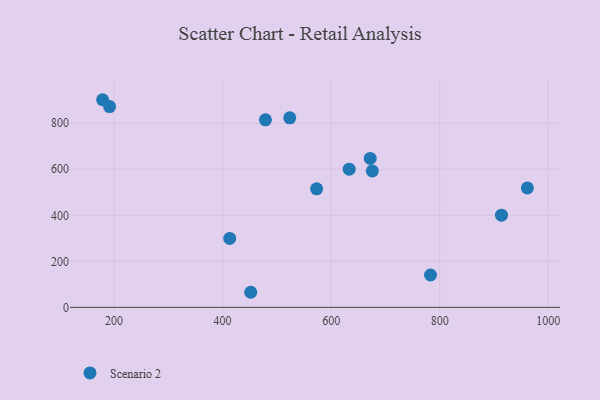
{"axis": {"x": "Ad Spend", "y": "Yield"}, "legend": ["Scenario 2"], "data": [{"x": "961.4", "y": 518.9, "type": "Scenario 2"}, {"x": "451.8", "y": 65.5, "type": "Scenario 2"}, {"x": "671.9", "y": 647.3, "type": "Scenario 2"}, {"x": "413.1", "y": 299.6, "type": "Scenario 2"}, {"x": "573.2", "y": 515.0, "type": "Scenario 2"}, {"x": "783.0", "y": 140.6, "type": "Scenario 2"}, {"x": "478.9", "y": 814.9, "type": "Scenario 2"}, {"x": "179.0", "y": 902.2, "type": "Scenario 2"}, {"x": "633.2", "y": 600.5, "type": "Scenario 2"}, {"x": "675.8", "y": 592.6, "type": "Scenario 2"}, {"x": "913.7", "y": 400.7, "type": "Scenario 2"}, {"x": "523.7", "y": 823.6, "type": "Scenario 2"}, {"x": "191.8", "y": 872.3, "type": "Scenario 2"}]}